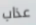
عذاب